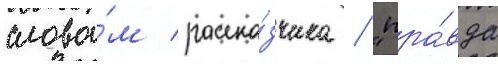
слова́м расска́зчика / "пра́вда